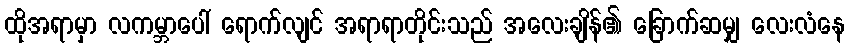
ထိုအရာမှာ လကမ္ဘာပေါ် ရောက်လျင် အရာရာတိုင်းသည် အလေးချိန်၏ ခြောက်ဆမျှ လေးလံနေ